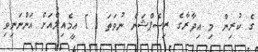
ގެ ކުރިން މި އިދާރާގެ ރިސެޕްޝަން ނުވަތަ [ ] އީމެއިލްއަށް އަންނަނިވި